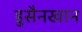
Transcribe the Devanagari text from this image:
हुसैनखान